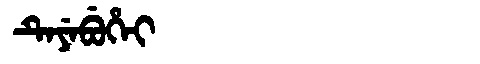
Manchu: ᡨᡝᠶᡝᠪᡠᡥᡝᡳ
Romanization: TEYEBUHEI